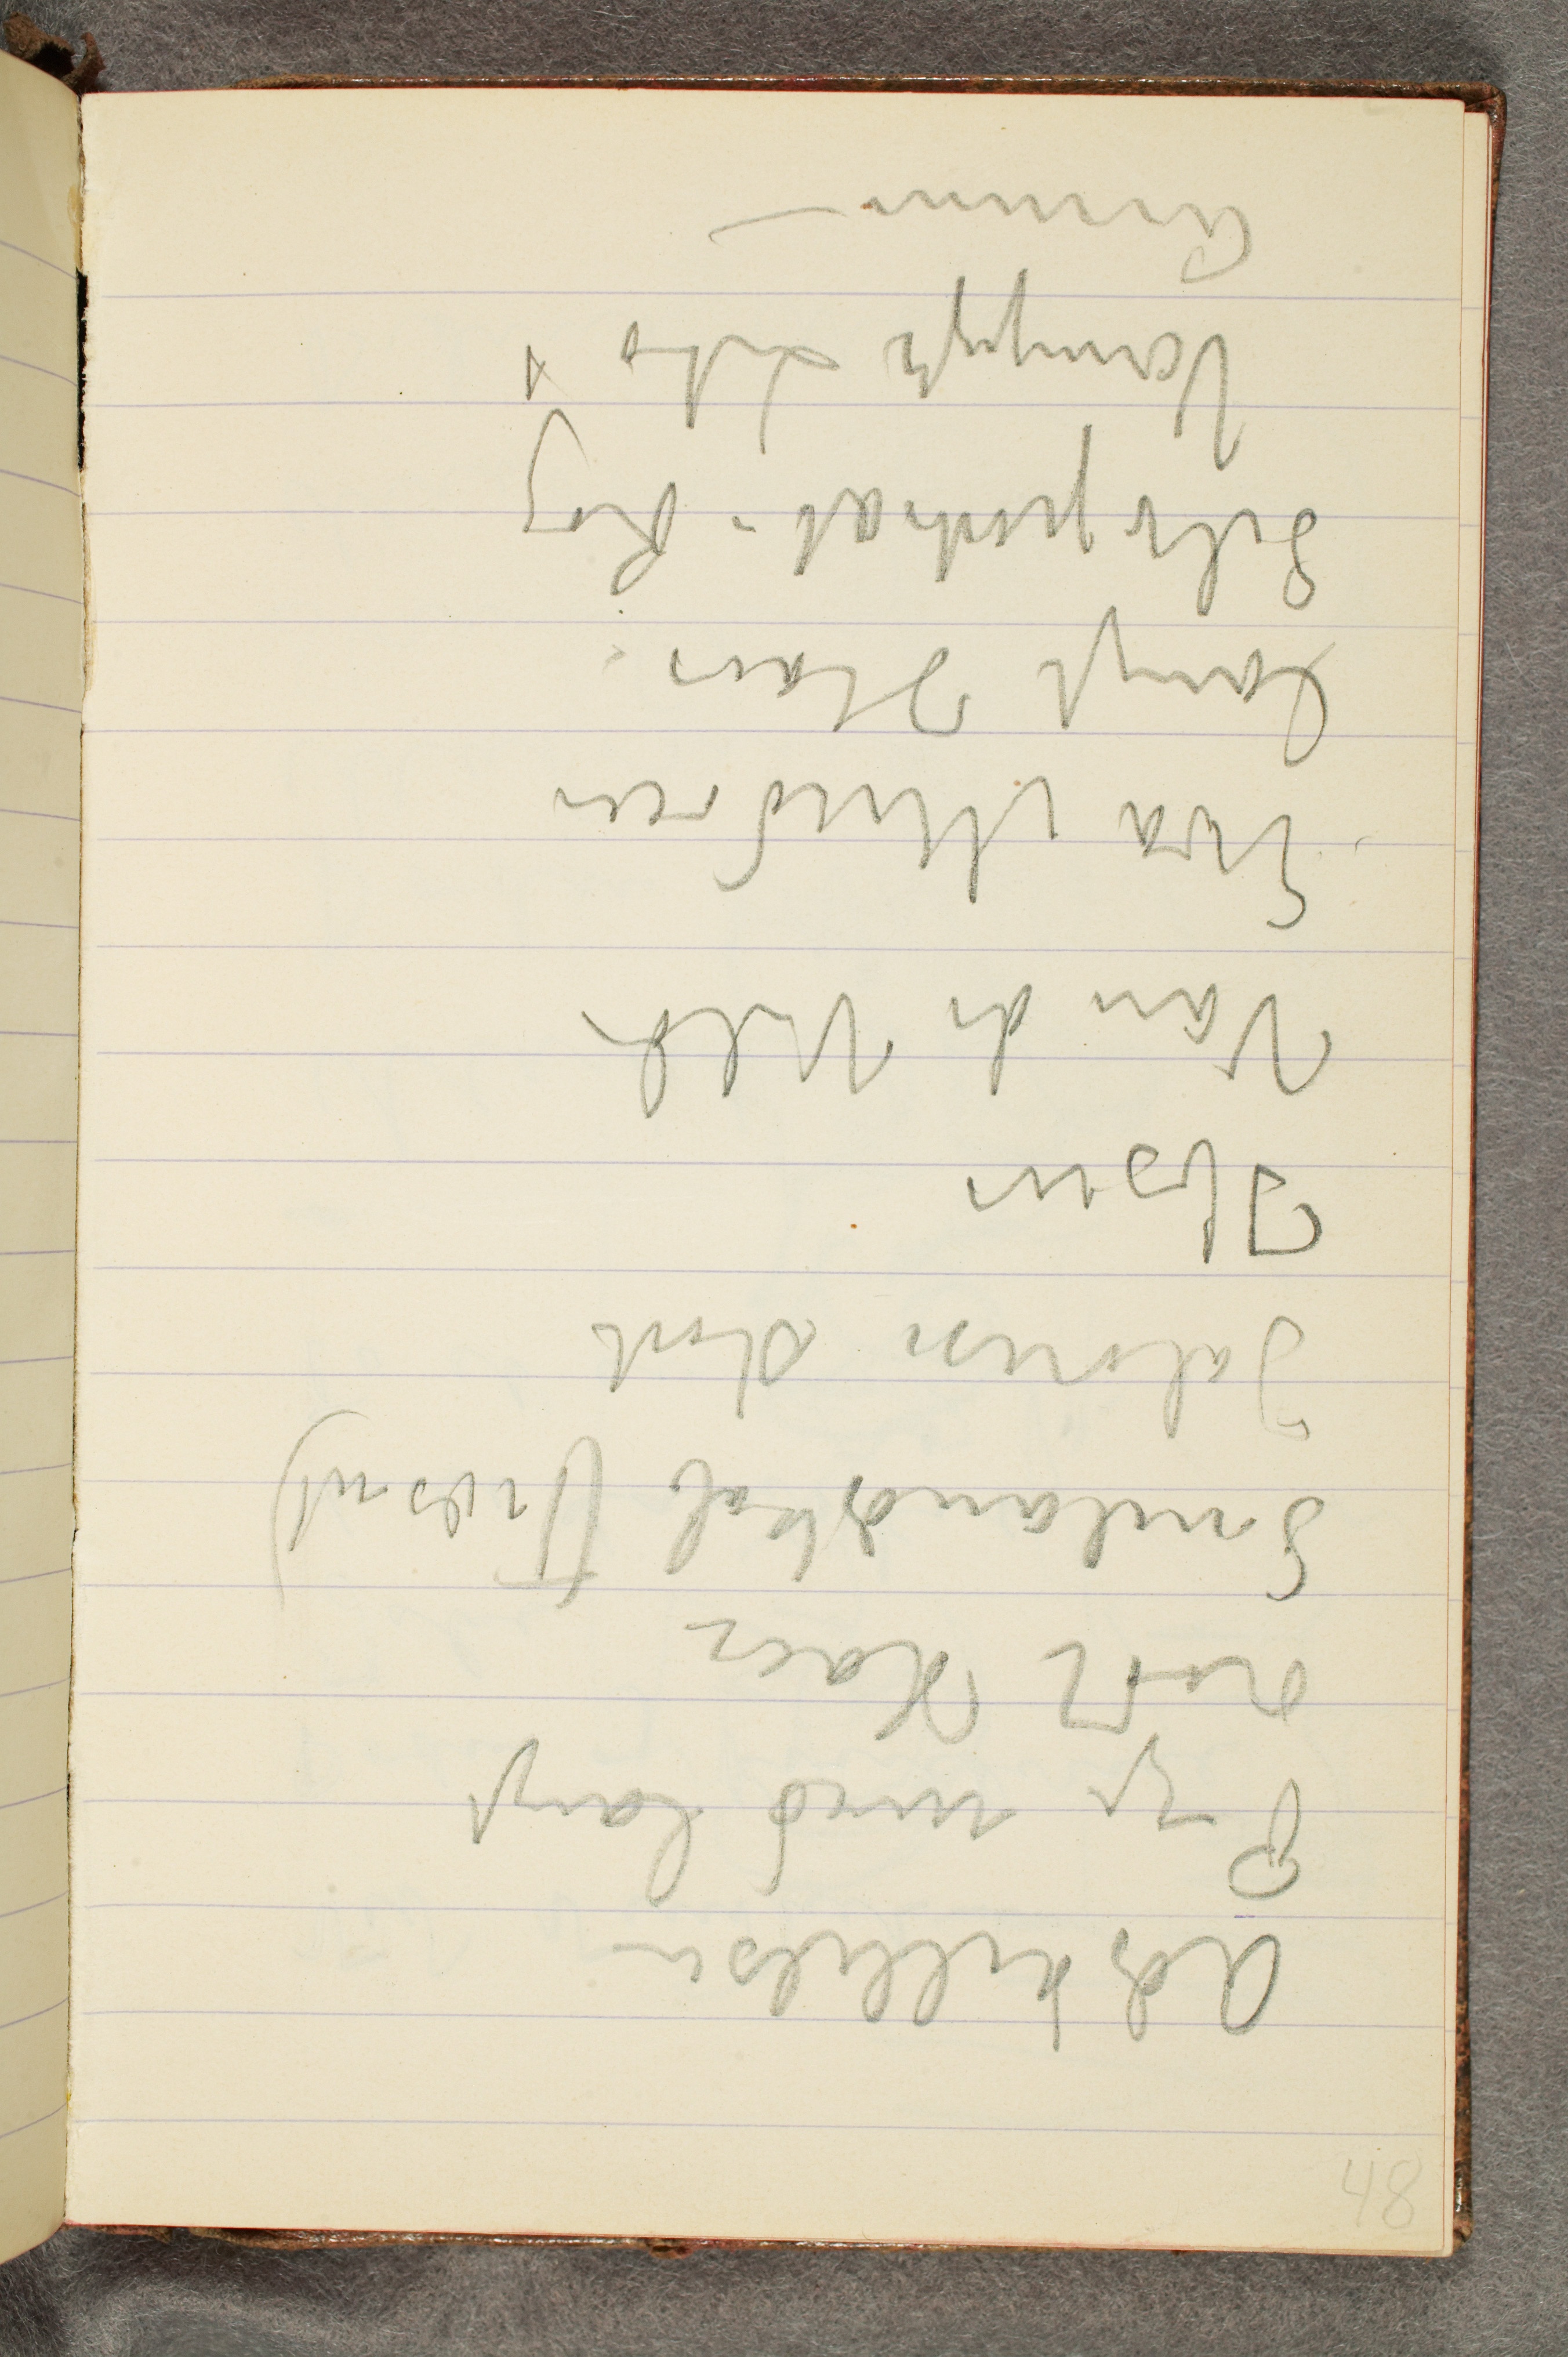
Adskillelsen
Pige med langt
rødt Haar
Snelandskab (Træsnit)
Jalousi stort
Ibsen
Van de Velde
Eva Mudocci
langt Haar
Selvportræt – Røg
Vampyr Lito
Armene –